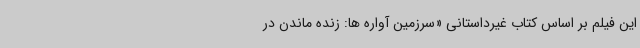
این فیلم بر اساس کتاب غیرداستانی «سرزمین آواره ها: زنده ماندن در